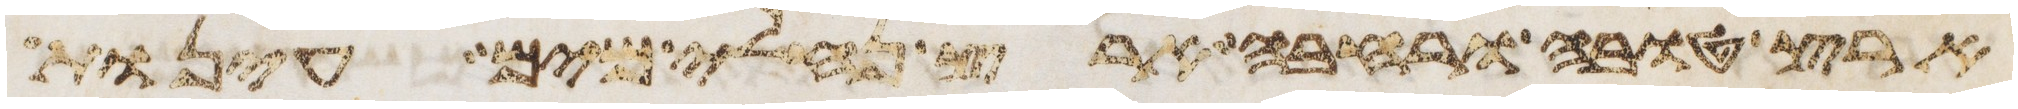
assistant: ארץ טובה ורחבה ארץ נחלי מים עינות